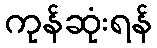
ကုန်ဆုံးရန်